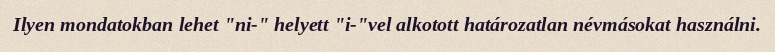
Ilyen mondatokban lehet "ni-" helyett "i-"vel alkotott határozatlan névmásokat használni.